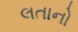
લતાનો